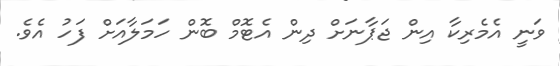
ވަނީ އެމެރިކާ އިން ޖަޕާނަށް ދިން އެޓޮމް ބޮން ހަމަލާއަށް ފަހު އެވެ.